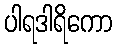
ပါရဒါရိကော